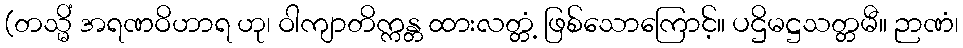
(တသ္မိံ အရဏဝိဟာရ ဟု၊ ဝါကျာတိက္ကန္တ ထားလတ္တံ့ ဖြစ်သောကြောင့်။ ပဌိမဋ္ဌသတ္တမီ။ ဉာဏံ၊